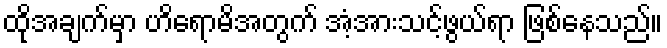
ထိုအချက်မှာ ဟိရောမိအတွက် အံ့အားသင့်ဖွယ်ရာ ဖြစ်နေသည်။